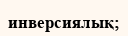
инверсиялық;